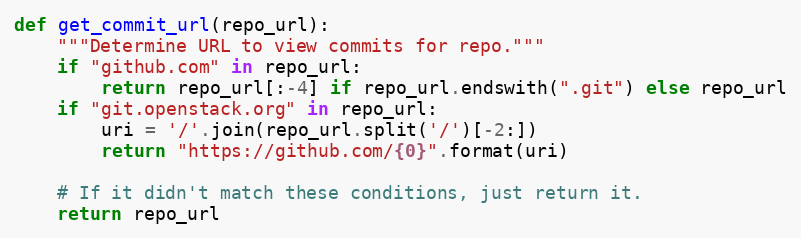
Language: Python
def get_commit_url(repo_url):
    """Determine URL to view commits for repo."""
    if "github.com" in repo_url:
        return repo_url[:-4] if repo_url.endswith(".git") else repo_url
    if "git.openstack.org" in repo_url:
        uri = '/'.join(repo_url.split('/')[-2:])
        return "https://github.com/{0}".format(uri)

    # If it didn't match these conditions, just return it.
    return repo_url